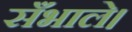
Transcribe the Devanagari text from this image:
सँभाले।